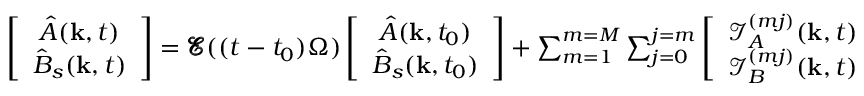
\begin{array} { r } { \left[ \begin{array} { c } { { \hat { A } } ( \mathbf { k } , t ) } \\ { { \hat { B } } _ { s } ( \mathbf { k } , t ) } \end{array} \right] = \pmb { \mathcal { E } } ( ( t - t _ { 0 } ) \Omega ) \left[ \begin{array} { c } { { \hat { A } } ( \mathbf { k } , t _ { 0 } ) } \\ { { \hat { B } } _ { s } ( \mathbf { k } , t _ { 0 } ) } \end{array} \right] + \sum _ { m = 1 } ^ { m = M } \sum _ { j = 0 } ^ { j = m } \left[ \begin{array} { c } { \mathcal { I } _ { A } ^ { ( m j ) } ( \mathbf { k } , t ) } \\ { \mathcal { I } _ { B } ^ { ( m j ) } ( \mathbf { k } , t ) } \end{array} \right] , } \end{array}